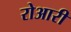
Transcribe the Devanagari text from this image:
रोआरी